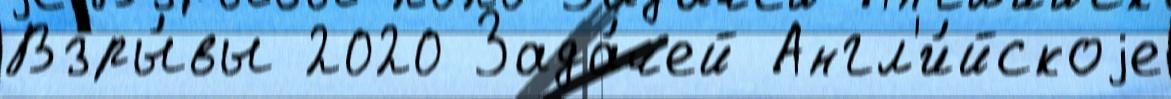
Взры́вы 2020 Зада́чей Англ'и́йскоjе